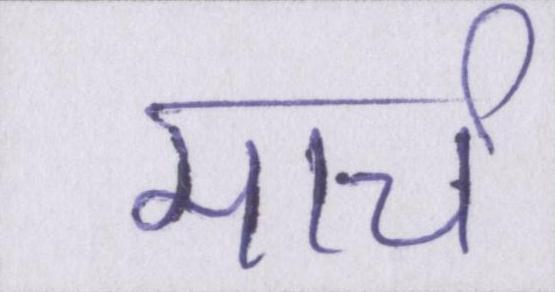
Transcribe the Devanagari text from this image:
मार्च